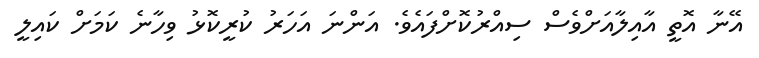
އޭނާ އޮތީ އާއިލާއަށްވެސް ސިއްރުކޮށްފައެވެ. އަންނަ އަހަރު ކުރީކޮޅު ވިހާނެ ކަމަށް ކައިލީ